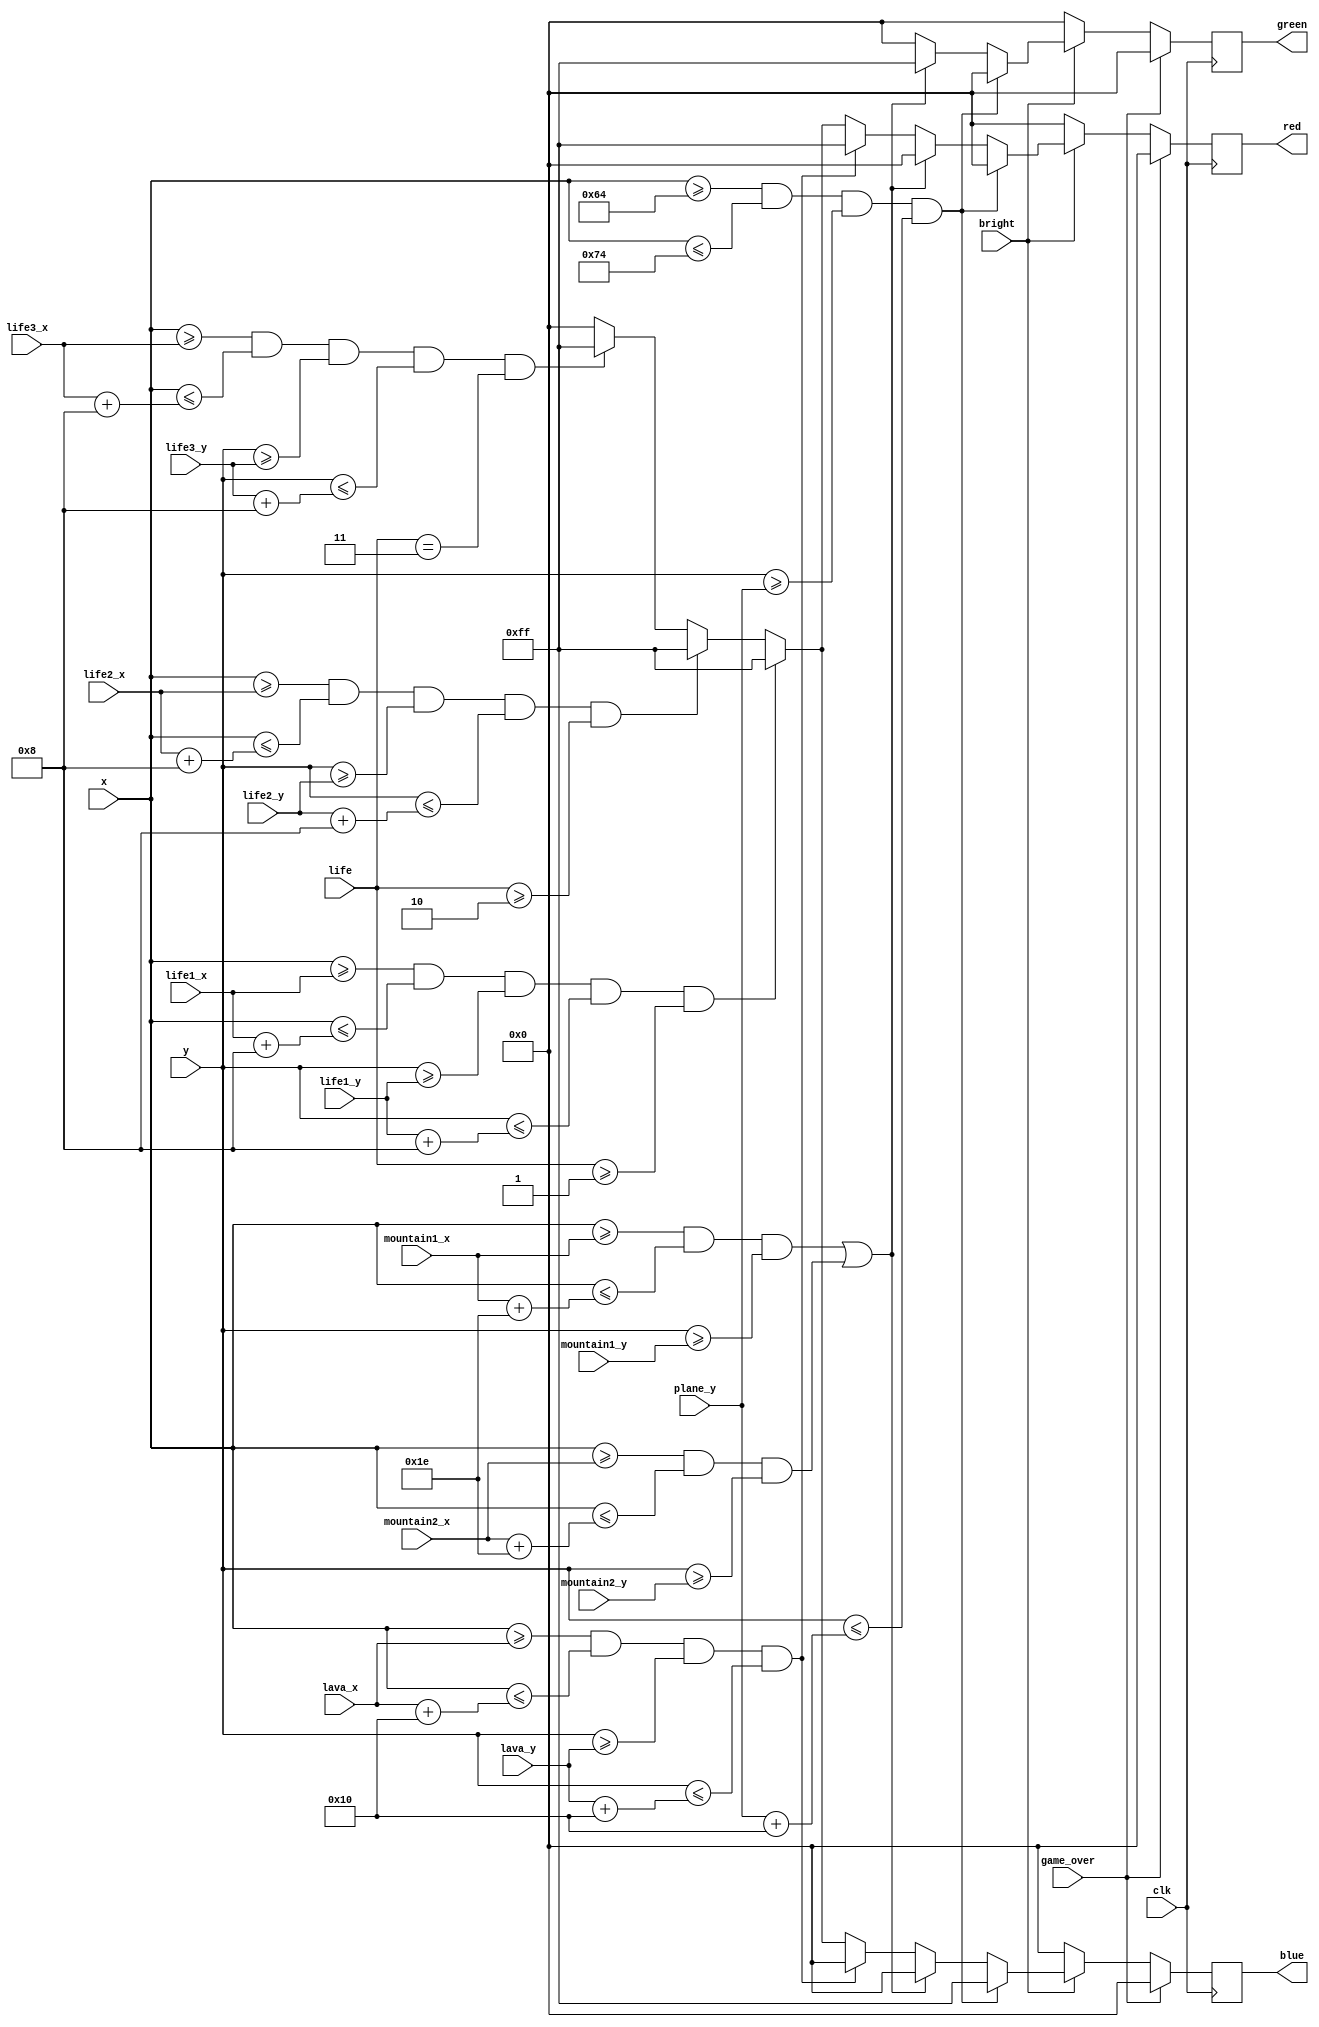
// Given the game_over state and postion for the plane, mountains and lava,
// we can draw the corresponding object in the correct region
module Controller(
	input clk,
	input bright,
	input [9:0] x, //curser for drawing stuff
	input [9:0] y, //curser for drawing stuff
	input [9:0] plane_y,
	input [9:0] mountain1_x,
	input [9:0] mountain1_y,
	input [9:0] mountain2_x,
	input [9:0] mountain2_y,
	input [9:0] lava_x,
	input [9:0] lava_y,
	input [9:0] life1_x,
	input [9:0] life1_y,
	input [9:0] life2_x,
	input [9:0] life2_y,
	input [9:0] life3_x,
	input [9:0] life3_y,
	input [9:0] life,
	input game_over,
	output reg [7:0] red,
	output reg [7:0] green,
	output reg [7:0] blue
    );
	
	// Set initial plane_x
	wire [9:0] plane_x;
	assign plane_x = 10'd100;
	
	

	always @ (posedge clk) begin
		// Gaming!
		if (~game_over) 
		begin
			if (~bright)
			begin
			   // force black if not bright
				red = 8'b0;
				green = 8'b0;
				blue = 8'b0;
			end	
			else if ((x >= plane_x) && (x <= plane_x + 10'd16) && (y >= plane_y) && (y <= plane_y+10'd16))
			begin
				// draw the blue plane
				red = 8'b0;
				green = 8'b0;
				blue = 8'b11111111;
			end	
			else if (
				((x >= mountain1_x) && (x <= mountain1_x + 10'd30) && ( y >= mountain1_y)) || 
				((x >= mountain2_x) && (x <= mountain2_x + 10'd30) && ( y >= mountain2_y)) 
				)
				begin
				// draw the green mountains
				red = 8'b0;
				green = 8'b11111111;
				blue = 8'b0; 
				end
			else if ((x >= lava_x) && (x <= lava_x + 10'd16) && (y >= lava_y) && (y <= lava_y + 10'd16))
			begin
				// draw the red lava
				red = 8'b11111111;
				green = 8'b0;
				blue = 8'b0;
			end
			else if ((x >= life1_x) && (x <= life1_x + 10'd8) && (y >= life1_y) && (y <= life1_y + 10'd8) && life >=3'd1)
			begin
				// draw the red lava
				red = 8'b11111111;
				green = 8'b0;
				blue = 8'b11111111;
			end
			else if ((x >= life2_x) && (x <= life2_x + 10'd8) && (y >= life2_y) && (y <= life2_y + 10'd8) && life >=3'd2)
			begin
				// draw the red lava
				red = 8'b11111111;
				green = 8'b0;
				blue = 8'b11111111;
			end
			else if ((x >= life3_x) && (x <= life3_x + 10'd8) && (y >= life3_y) && (y <= life3_y + 10'd8) && life ==3'd3)
			begin
				// draw the red lava
				red = 8'b11111111;
				green = 8'b0;
				blue = 8'b11111111;
			end
			else 
			begin
			// background color black
				red = 8'b0;
				green = 8'b0;
				blue = 8'b0;
				end
		end
		
		// Game ends
		else 
			begin
			// force black elsewhere
				red = 8'b00000000;
				green = 8'b00000000;
				blue = 8'b00000000;
			end	
		
	end
endmodule